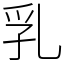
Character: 乳